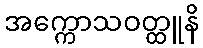
အက္ကောသဝတ္ထူနိ